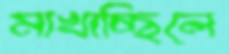
মাখাচ্ছিলে